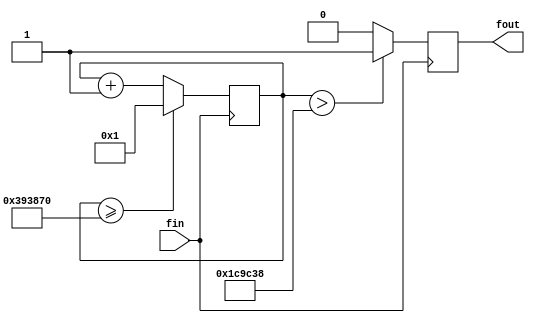
module fDIV( fin, fout);
input fin;
wire [31:0] Divn;
output fout;
reg fout0;                                      //fout
wire _fout;
wire[31:0] _Divn, ncount;
reg[31:0] count;

assign Divn = 32'd3750000;                      //FPGA(50MHz)(32)
//assign Divn = 32'd4;                          // 
assign _Divn={1'b0,Divn[31:1]};                 //Divn/2 

always@(posedge fin)
	begin
		count <= ncount;                          //update count value
		fout0 <= _fout;                           //update fout0 value
	end

assign ncount=(count>=Divn)?32'd1:count+1;      //
assign _fout=(count>_Divn)?1'b1:1'b0;           //10
assign fout=(Divn<8'd2)?fin:fout0;              //

endmodule